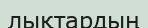
лықтардың